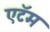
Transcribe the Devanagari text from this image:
एटॅम